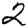
Digit: 2